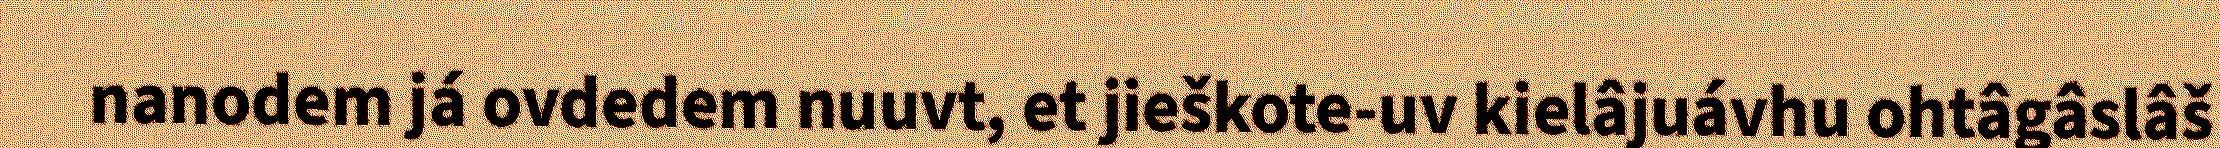
nanodem já ovdedem nuuvt, et jieškote-uv kielâjuávhu ohtâgâslâš